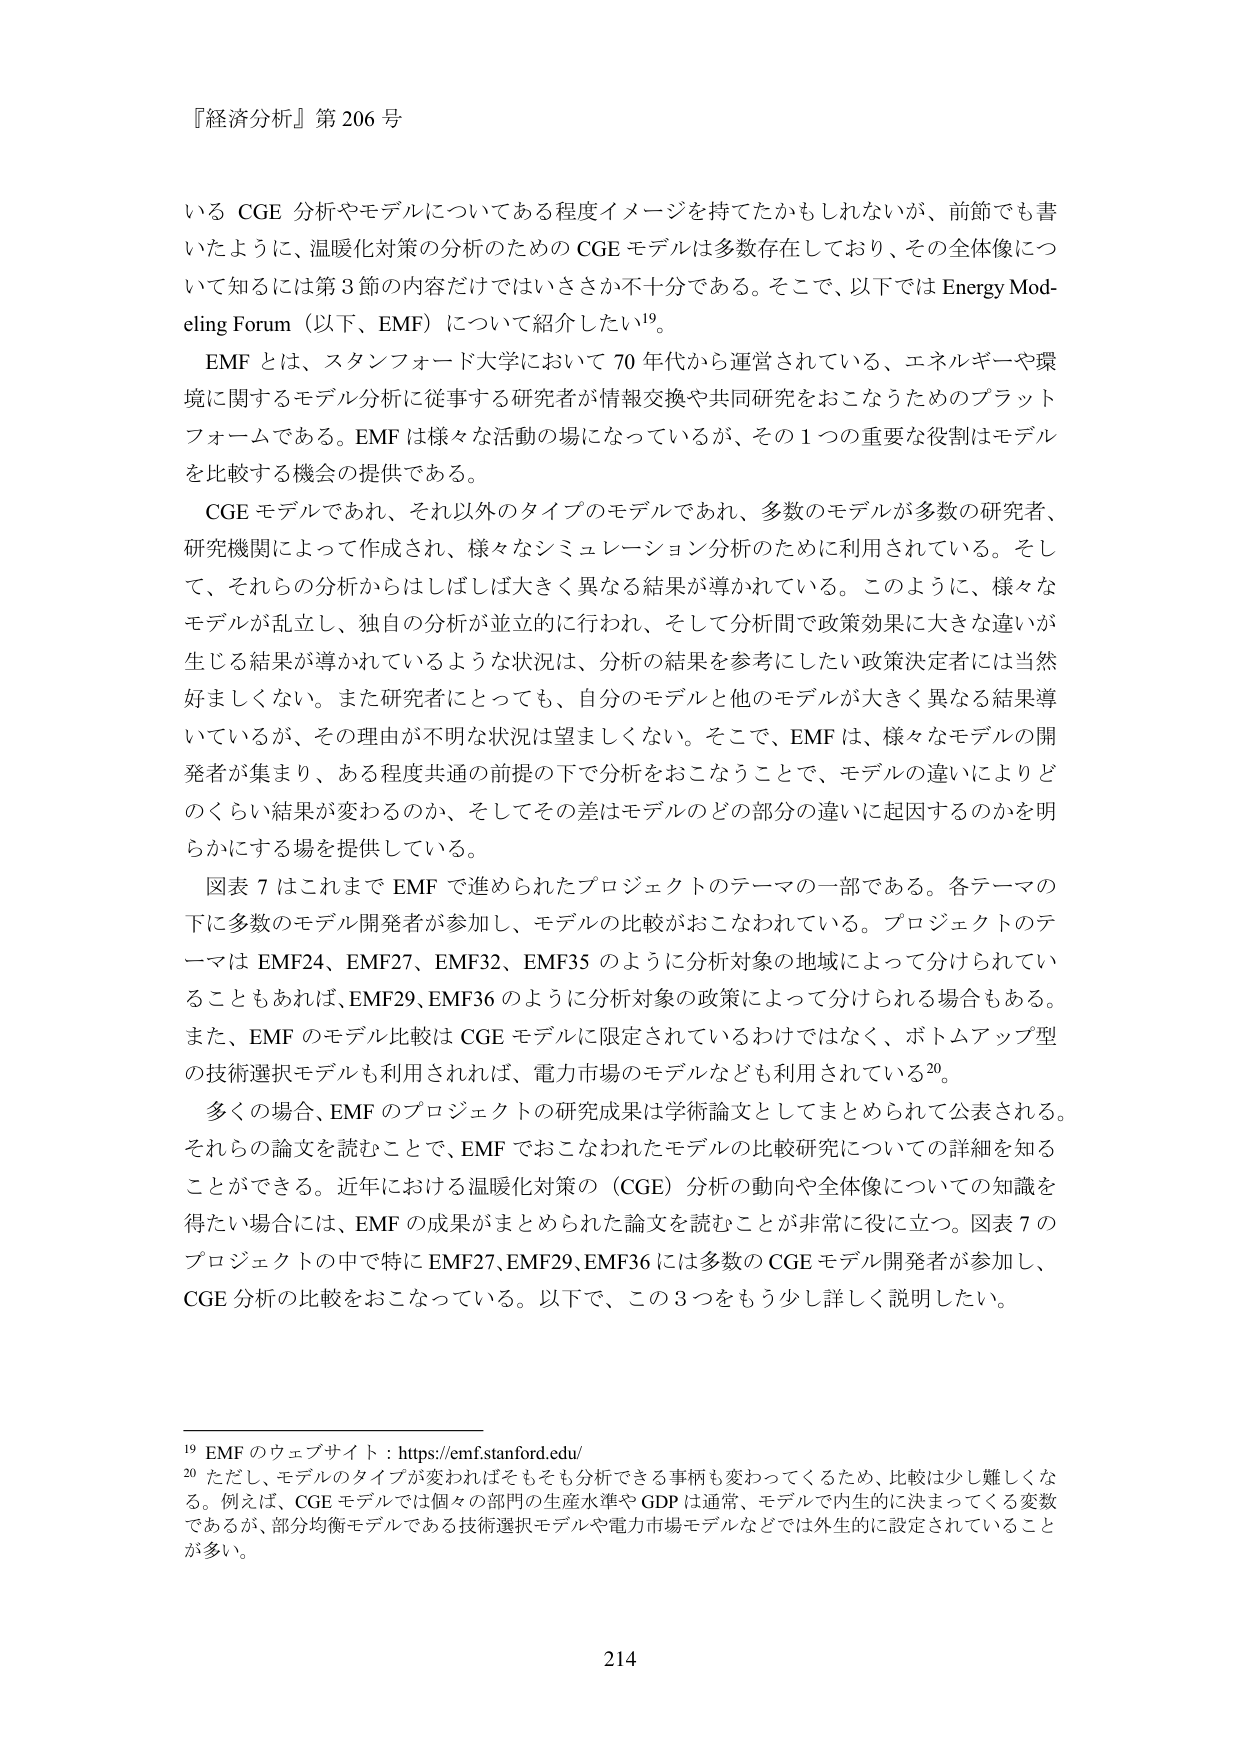
『経済分析』第 206 号

いる CGE 分析やモデルについてある程度イメージを持てたかもしれないが、前節でも書いたように、温暖化対策の分析のための CGE モデルは多数存在しており、その全体像について知るには第 3 節の内容だけではいささか不十分である。そこで、以下では Energy Modeling Forum（以下、EMF）について紹介したい¹⁹。

EMF とは、スタンフォード大学において 70 年代から運営されている、エネルギーや環境に関するモデル分析に従事する研究者が情報交換や共同研究をおこなうためのプラットフォームである。EMF は様々な活動の場になっているが、その 1 つの重要な役割はモデルを比較する機会の提供である。

CGE モデルであれ、それ以外のタイプのモデルであれ、多数のモデルが多数の研究者、研究機関によって作成され、様々なシミュレーション分析のために利用されている。そして、それらの分析からはしばしば大きく異なる結果が導かれている。このように、様々なモデルが乱立し、独自の分析が並立的に行われ、そして分析間で政策効果に大きな違いが生じる結果が導かれているような状況は、分析の結果を参考にしたい政策決定者には当然好ましくない。また研究者にとっても、自分のモデルと他のモデルが大きく異なる結果導いているが、その理由が不明な状況は望ましくない。そこで、EMF は、様々なモデルの開発者が集まり、ある程度共通の前提の下で分析をおこなうことで、モデルの違いによりどのくらい結果が変わるのか、そしてその差はモデルのどの部分の違いに起因するのかを明らかにする場を提供している。

図表 7 はこれまで EMF で進められたプロジェクトのテーマの一部である。各テーマの下に多数のモデル開発者が参加し、モデルの比較がおこなわれている。プロジェクトのテーマは EMF24、EMF27、EMF32、EMF35 のように分析対象の地域によって分けられていることもあれば、EMF29、EMF36 のように分析対象の政策によって分けられる場合もある。また、EMF のモデル比較は CGE モデルに限定されているわけではなく、ボトムアップ型の技術選択モデルも利用されれば、電力市場のモデルなども利用されている²⁰。

多くの場合、EMF のプロジェクトの研究成果は学術論文としてまとめられて公表される。それらの論文を読むことで、EMF でおこなわれたモデルの比較研究についての詳細を知ることができる。近年における温暖化対策の（CGE）分析の動向や全体像についての知識を得たい場合には、EMF の成果がまとめられた論文を読むことが非常に役に立つ。図表 7 のプロジェクトの中で特に EMF27、EMF29、EMF36 には多数の CGE モデル開発者が参加し、CGE 分析の比較をおこなっている。以下で、この 3 つをもう少し詳しく説明したい。

¹⁹ EMF のウェブサイト：https://emf.stanford.edu/

²⁰ ただし、モデルのタイプが変わればそもそも分析できる事柄も変わってくるため、比較は少し難しくなる。例えば、CGE モデルでは個々の部門の生産水準や GDP は通常、モデルで内生的に決まってくる変数であるが、部分均衡モデルである技術選択モデルや電力市場モデルなどでは外生的に設定されていることが多い。

214